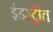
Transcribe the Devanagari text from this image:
इंडस्ट्रीत